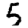
Digit: 5